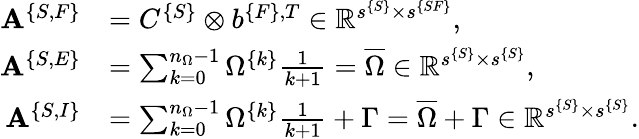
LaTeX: \begin{array}{rl}{{\mathbf A}^{\{ S,F\} }}&{=C^{\{ S\} }\otimes b^{\{ F\} ,T}\in\mathbb{R}^{s^{\{ S\} }\times s^{\{ SF\} }},}\\ {{\mathbf A}^{\{ S,E\} }}&{=\sum_{k=0}^{n_{\Omega}-1}\Omega^{\{ k\} }\frac{1}{k+1}=\overline{{\Omega}}\in\mathbb{R}^{s^{\{ S\} }\times s^{\{ S\} }},}\\ {{\mathbf A}^{\{ S,I\} }}&{=\sum_{k=0}^{n_{\Omega}-1}\Omega^{\{ k\} }\frac{1}{k+1}+\Gamma=\overline{{\Omega}}+\Gamma\in\mathbb{R}^{s^{\{ S\} }\times s^{\{ S\} }}.}\end{array}